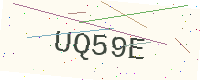
Text: UQ59E